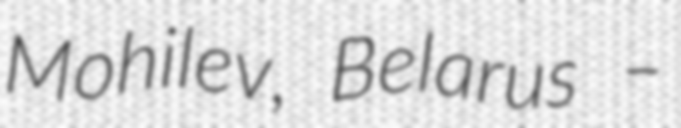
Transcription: Mohilev, Belarus –